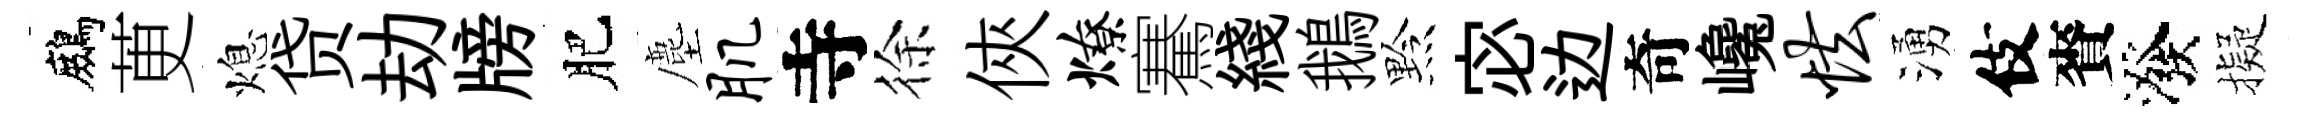
鷓茰熄贷劫牓肥塵肌寺徐俠燎騫綫鵝黔宓边奇巉怯湧伎賚潑擬